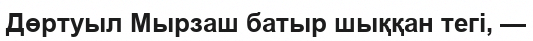
Дөртуыл Мырзаш батыр шыққан тегі, —